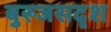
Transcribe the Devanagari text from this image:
बुरूजसदृश